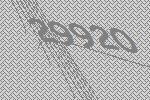
29920